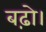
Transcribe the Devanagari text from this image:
बढ़ो।